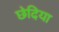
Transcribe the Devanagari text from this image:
छेदिया